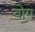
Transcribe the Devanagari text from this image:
योग्‌